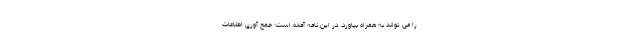
را می تواند به همراه بیاورد. در این نامه آمده است: جمع آوری اطلاعات